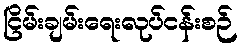
ငြိမ်းချမ်းရေးလုပ်ငန်းစဉ်